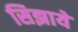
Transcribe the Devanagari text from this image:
सिझाये